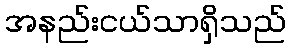
အနည်းငယ်သာရှိသည်